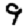
Digit: 9